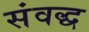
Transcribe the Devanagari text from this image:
संवद्ध